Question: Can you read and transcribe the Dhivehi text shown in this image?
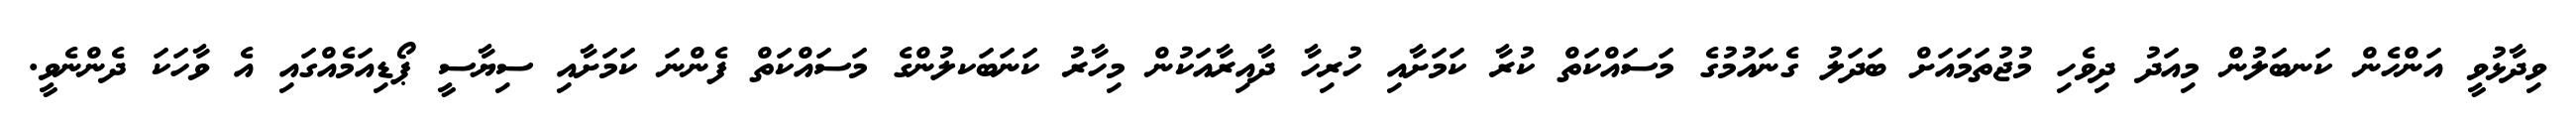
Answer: ވިދާޅުވީ އަންހެން ކަނބަލުން މިއަދު ދިވެހި މުޖުތަމައަށް ބަދަލު ގެނައުމުގެ މަސައްކަތް ކުރާ ކަމަށާއި ހުރިހާ ދާއިރާއަކުން މިހާރު ކަނަބަކލުންގެ މަސައްކަތް ފެންނަ ކަމަށާއި ސިޔާސީ ޕޯޑިއަމެއްގައި އެ ވާހަކަ ދެންނެވީ.